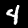
Label: 4